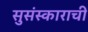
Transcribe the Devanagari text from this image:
सुसंस्काराची